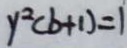
y ^ { 2 } ( b + 1 ) = 1